Report of the Indian Hemp Drugs Commission, 1894-1895 - Volume II
Year: 1894
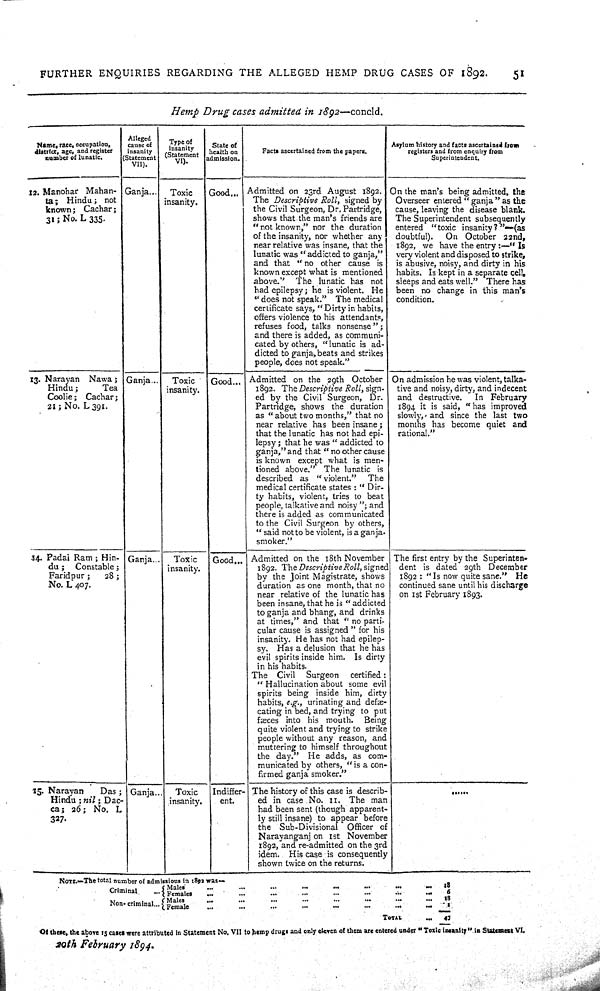
FURTHER
ENQUIRIES
REGARDING THE ALLEGED
HEMP
DRUG CASES OF 1892.
51
Hemp
Drug
cases
admitted
in
1892—concld.
Name, race, occupation,
district, age, and register
number of lunatic.
Alleged
cause of
insanity
(Statement
VII).
Type of
insanity
(Statement
VI).
State of
health on
admission.
Facts ascertained from the papers.
Asylum history and facts ascertained from
registers and from enquiry from
Superintendent.
12. Manohar
Mahan-
ta;
Hindu; not
known;
Cachar;
31; No. L 335.
Ganja
Toxic
insanity.
Good
Admitted on 23rd August 1892.
The Descriptive
Roll,
signed by
the Civil Surgeon, Dr. Partridge,
shows that the man's friends are
"not known," nor the duration
of the insanity, nor whether any
near relative was insane, that the
lunatic was "addicted to ganja,"
and that "no other cause is
known except what is mentioned
above."
The lunatic has not
had epilepsy; he is violent. He
"does not speak."
The medical
certificate says, "Dirty in habits,
offers violence to his attendants,
refuses food, talks nonsense";
and there is added, as communi-
cated by others, "lunatic is ad-
dicted to ganja, beats and strikes
people, does not speak."
On the man's being admitted, the
Overseer entered "ganja" as the
cause, leaving the disease blank.
The Superintendent subsequently
entered "toxic insanity?"—(as
doubtful).
On October
22nd,
1892, we have the entry:—"Is
very violent and disposed to strike,
is abusive, noisy, and dirty in his
habits. Is kept in a separate cell,
sleeps and eats well."
There has
been no change in this man's
condition.
13. Narayan
Nawa;
Hindu;
Tea
Coolie;
Cachar;
21; No. L 391.
Ganja
Toxic
insanity.
Good
Admitted on the 29th
October
1892. The Descriptive
Roll, sign-
ed by the Civil Surgeon, Dr.
Partridge, shows the duration
as "about two months," that no
near relative has been insane;
that the lunatic has not had epi-
lepsy; that he was "addicted to
ganja," and that "no other cause
is known except what is men-
tioned above."
The lunatic is
described as "violent."
The
medical certificate states: "Dir-
ty habits, violent, tries to beat
people, talkative and noisy "; and
there is added as communicated
to the Civil Surgeon by others,
"said not to be violent, is a ganja-
smoker."
On admission he was violent, talka-
tive and noisy, dirty, and indecent
and destructive.
In February
1894 it is said, "has improved
slowly, and since the last two
months has become quiet and
rational."
34. Padai Ram; Hin-
du;
Constable;
Faridpur;
28;
No. L 407.
Ganja
Toxic
insanity.
Good
Admitted on the 18th November
1892. The Descriptive
Roll, signed
by the Joint Magistrate, shows
duration as one month, that no
near relative of the lunatic has
been insane, that he is "addicted
to ganja and bhang, and drinks
at times," and that "no parti-
cular cause is assigned" for his
insanity. He has not had epilep-
sy.
Has a delusion that he has
evil spirits inside him. Is dirty
in his habits.
The
Civil
Surgeon
certified:
"Hallucination about some evil
spirits being inside him, dirty
habits, e.g., urinating and defæ-
cating in bed, and trying to put
fæces into his mouth.
Being
quite violent and trying to strike
people without any reason, and
muttering to himself throughout
the day." He adds, as com-
municated by others, "is a con-
firmed
ganja smoker."
The first entry by the Superinten-
dent is dated 29th
December
1892: "Is now quite sane."
He
continued sane until his discharge
on 1st February 1893.
15. Narayan
Das;
Hindu; nil;
Dac-
ca; 26; No. L
327.
Ganja
Toxic
insanity.
Indiffer-
ent.
The history of this case is describ-
ed in case No. 11. The man
had been sent (though apparent-
ly still insane) to appear before
the
Sub-Divisional
Officer of
Narayanganj on 1st November
1892, and re-admitted on the 3rd
idem.
His case is consequently
shown twice on the returns.
NOTE.—The total number of admissions in 1892 was—
Criminal
Non-criminal
Males
18
Criminal
Non-criminal
Females
6
Criminal
Non-criminal
Males
18
Criminal
Non-criminal
Female
1
Criminal
Non-criminal
TOTAL
43
Of these, the above 15 cases were attributed in Statement No. VII to hemp drugs and only eleven of them are entered under "Toxic insanity" in Statement VI.
20th
February
1894.